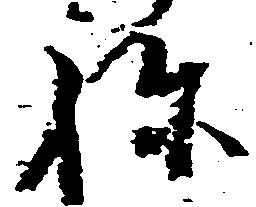
ね